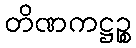
တိဏကဋ္ဌဉ္စ